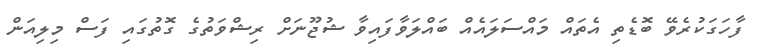
ފާހަގަކުރެވޭ ބޮޑެތި އެތައް މައްސަލައެއް ބައްލަވާފައިިވާ ޝުޖޫނަށް ރިޝްވަތުގެ ގޮތުގައި ފަސް މިލިއަން